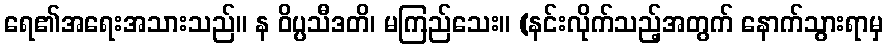
ရေ၏အရေးအသားသည်။ န ဝိပ္ပသီဒတိ၊ မကြည်သေး။ (နင်းလိုက်သည့်အတွက် နောက်သွားရာမှ